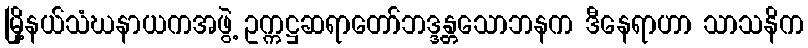
မြို့နယ်သံဃနာယကအဖွဲ့ ဥက္ကဋ္ဌဆရာတော်ဘဒ္ဒန္တသောဘနက ဒီနေရာဟာ သာသနိက